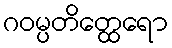
ဂဝမ္ပတိတ္ထေရော